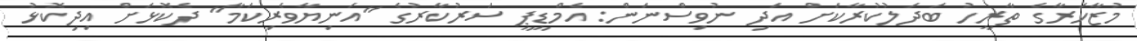
މުޒާހަރާގެ ތާރީހު ބަދަލުކުރާކަށް އަދި ނުވިސްނަން: އެމްޑީޕީ ސަރުކާރުގެ "އަނިޔާވެރިކަމާ" ދެކޮޅަށް އިދިކޮޅު